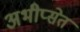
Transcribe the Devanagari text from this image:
अभीप्सेत